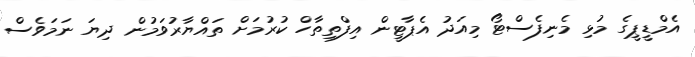
އެމްޑީޕީގެ މުޅި މެނިފެސްޓޯ މިއަދު އެޕާޓީން އިފްތިތާހް ކުރުމަށް ތައްޔާރުވަމުން ދިޔަ ނަމަވެސް